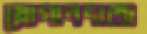
স্লোগানদাতা